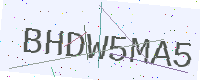
Text: BHDW5MA5